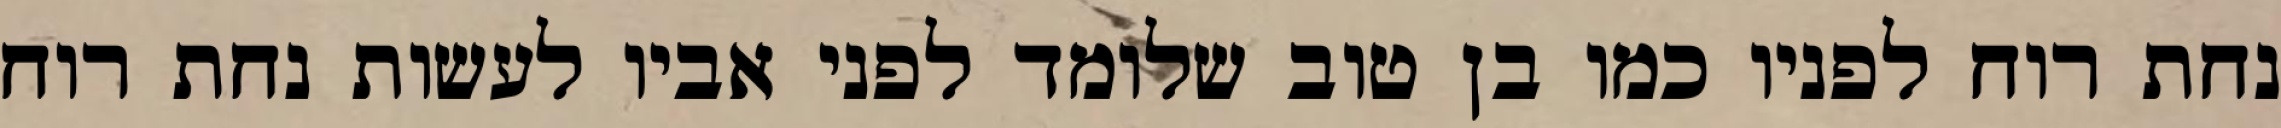
נחת רוח לפניו כמו בן טוב שלומד לפני אביו לעשות נחת רוח